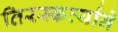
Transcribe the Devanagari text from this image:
तिरस्कर्त्याने